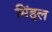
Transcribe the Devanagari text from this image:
सिंहुल